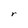
Character: r